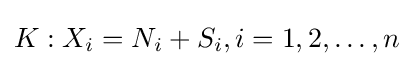
K:X_{i}=N_{i}+S_{i},i=1,2,\ldots ,n